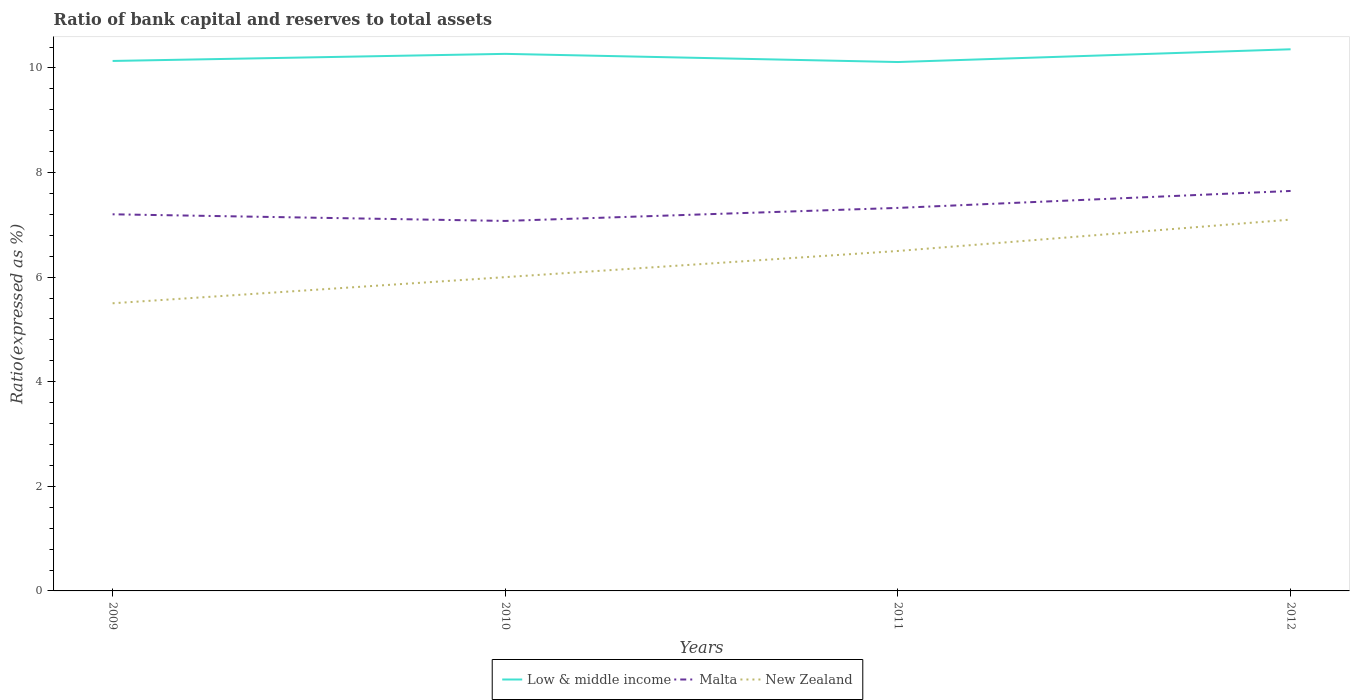
| Years | Low & middle income | Malta | New Zealand |
 | --- | --- | --- | --- |
 | 2009 | 10.1 | 7.2 | 5.5 |
 | 2010 | 10.3 | 7.07 | 6 |
 | 2011 | 10.1 | 7.32 | 6.5 |
 | 2012 | 10.4 | 7.65 | 7.1 |